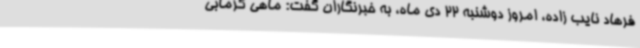
فرهاد نایب زاده، امروز دوشنبه 22 دی ماه، به خبرنگاران گفت: ماهی گرمابی